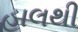
હાલથી